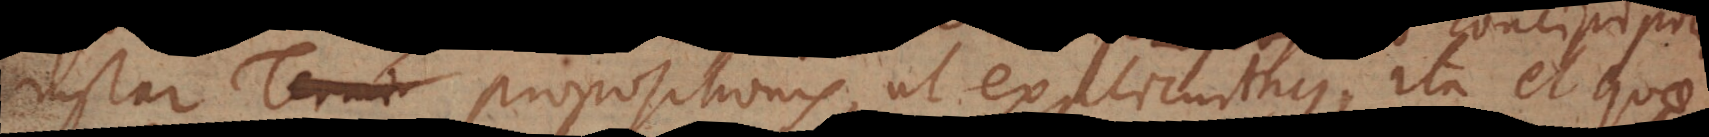
instar propositionis, ut explicuimus, ita et quae